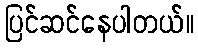
ပြင်ဆင်နေပါတယ်။